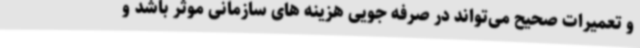
و تعمیرات صحیح می‌تواند در صرفه جویی هزینه های سازمانی موثر باشد و